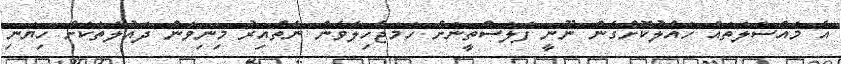
އެ މައްސަލަތައް ހައްލުކޮށްގެން ނޫނީ ފަލަސްތީނަށް ހަމަޖެހިލެވެން ނެތްއިރު މިނިވަން ދައުލަތަކަށް ހިޔަނި